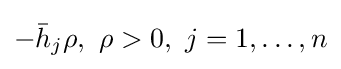
-{\bar {h}}_{j}\rho ,\ \rho >0,\ j=1,\dots ,n